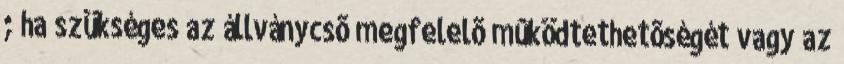
; ha szükséges az állványcsõ megfelelõ mûködtethetõségét vagy az